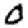
Digit: 0